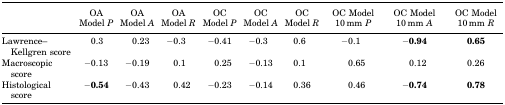
<table><thead><tr><td></td><td><b>OA Model <i>P</i></b></td><td><b>OA Model <i>A</i></b></td><td><b>OA Model <i>R</i></b></td><td><b>OC Model <i>P</i></b></td><td><b>OC Model <i>A</i></b></td><td><b>OC Model <i>R</i></b></td><td><b>OC Model 10 mm <i>P</i></b></td><td><b>OC Model 10 mm <i>A</i></b></td><td><b>OC Model 10 mm <i>R</i></b></td></tr></thead><tbody><tr><td>Lawrence–Kellgren score</td><td>0.3</td><td>0.23</td><td>−0.3</td><td>−0.41</td><td>−0.3</td><td>0.6</td><td>−0.1</td><td>−<b>0.94</b></td><td><b>0.65</b></td></tr><tr><td>Macroscopic score</td><td>−0.13</td><td>−0.19</td><td>0.1</td><td>0.25</td><td>−0.13</td><td>0.1</td><td>0.65</td><td>0.12</td><td>0.26</td></tr><tr><td>Histological score</td><td>−<b>0.54</b></td><td>−0.43</td><td>0.42</td><td>−0.23</td><td>−0.14</td><td>0.36</td><td>0.46</td><td>−<b>0.74</b></td><td><b>0.78</b></td></tr></tbody></table>